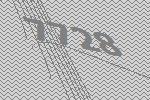
7728